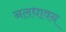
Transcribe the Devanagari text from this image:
नलधावन